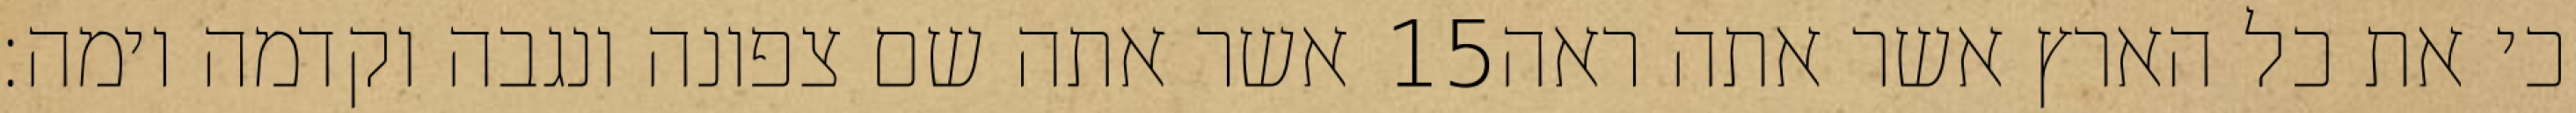
אשר אתה שם צפונה ונגבה וקדמה וימה׃ ‎15‏ כי את כל הארץ אשר אתה ראה